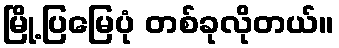
မြို့ပြမြေပုံ တစ်ခုလိုတယ်။